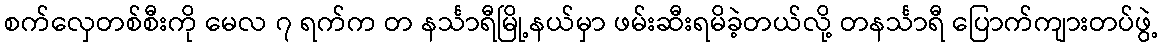
စက်လှေတစ်စီးကို မေလ ၇ ရက်က တ နင်္သာရီမြို့နယ်မှာ ဖမ်းဆီးရမိခဲ့တယ်လို့ တနင်္သာရီ ပြောက်ကျားတပ်ဖွဲ့